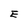
Character: E